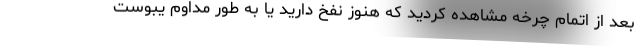
بعد از اتمام چرخه مشاهده کردید که هنوز نفخ دارید یا به طور مداوم یبوست